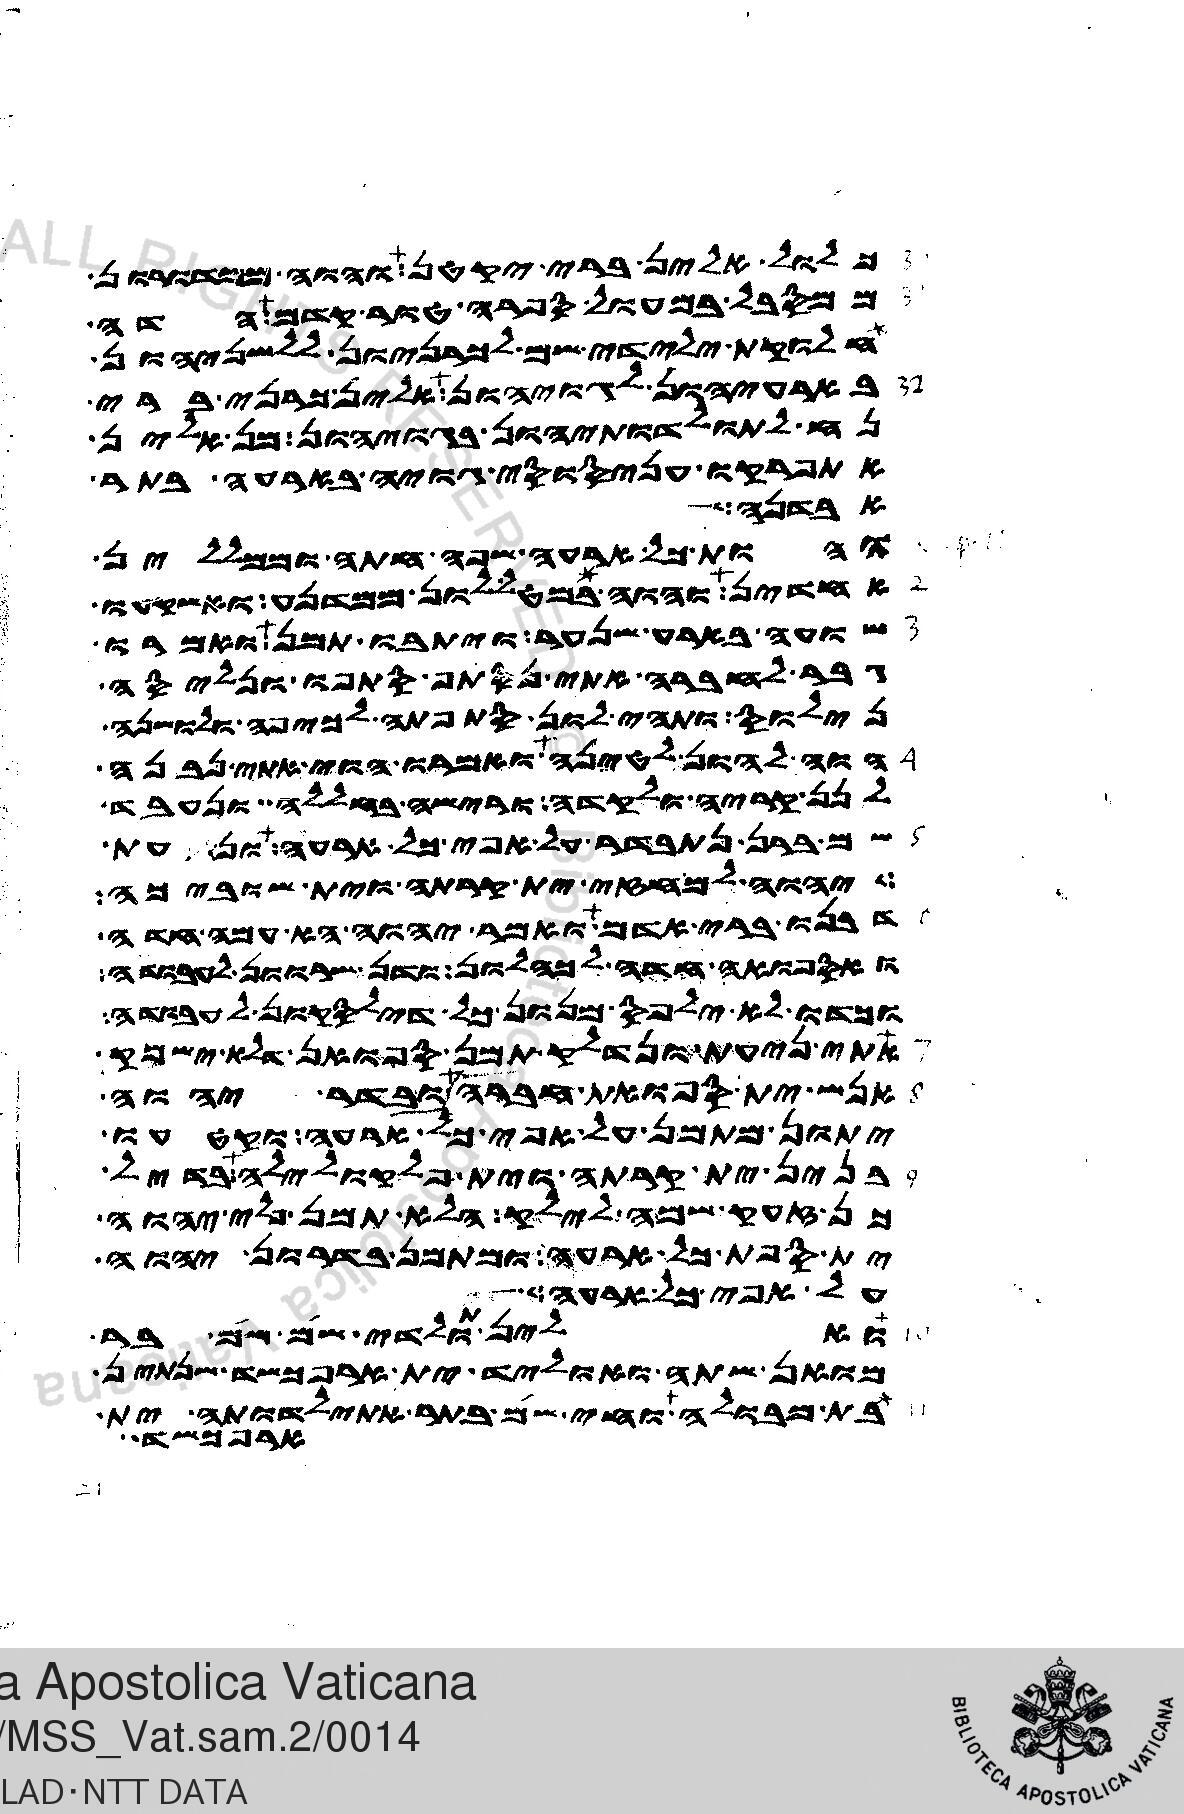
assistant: כלול אלין ברי יקטן והוה ממדורון
ממסבל במעול ספרה טור קדם הדה
חלוקת ילידי שם לכרניון ללשניהון
בארעיהון לגויהון אלין כרני ברי
נח לתולדותיהון בגויהון מן אלין
אתפרקו עניסוסי גויה בארעה בתר
אבדנה
והות כל ארעה שפה חתה וממללין
אחדין והוה במטללון ממדנע ואשקעו
שועה בארע שנער ויתבו תמן ואמרו
גבר לחברה אתי נסתף סתפו ונליסה
נילוס ותהי לון סתפתה לכיפה ולושנה
הוה להון לטינה ואמרו הוי אתי נבנה
לנן קריה ולקדה ורישה בחללה ונעבד
שם ברן נתבדר על אפי כל ארעה ונעת
יהוה למחזי ית קרתה וית שוביכה
דבנו ברי אדם ואמר יהוה הא עמה חדה
ואספואה חדה לכהלון ודן שרוון לעבודה
וכדו לא ילפס מנון כל דילסקון לעבודה
אתי ניעת ונדלק תמן ספואן דלא ישמק
אנש ית ספואת חברה ובדר יהוה
יתון מתמן על אפי כל ארעה וקטעו
בנין ית קרתה וית פלקולילה בדיל
כן זעק שמה לילק הלא תמן פלי יהוה
ית ספת כל ארעה ומתמן בדרון יהוה
על אפי כל ארעה
ואלין תולדי שם שם בר
מואן שתה ואוליד ית ארפכשד שנתין
בתר מבולה וחי שם בתר אתילדותה ית
ארפכשד